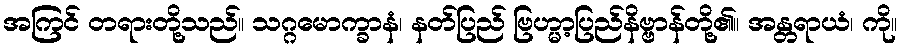
အကြင် တရားတို့သည်။ သဂ္ဂမောက္ခာနံ၊ နတ်ပြည် ဗြဟ္မာ့ပြည်နိဗ္ဗာန်တို့၏။ အန္တရာယံ၊ ကို။